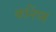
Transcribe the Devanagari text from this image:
कनिंघ्म